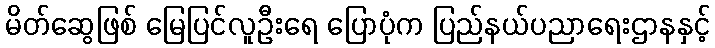
မိတ်ဆွေဖြစ် မြေပြင်လူဦးရေ ပြောပုံက ပြည်နယ်ပညာရေးဌာနနှင့်